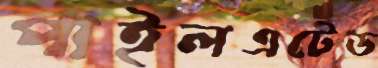
পাইলএটেড